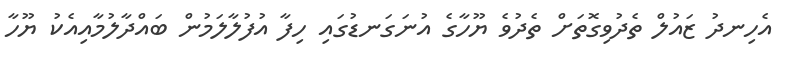
އެހިނދު ޒައުލް ތެދުވިގޮތަށް ތެދުވެ ޔޫހާގެ އުނަގަނޑުގައި ހިފާ އުފުލާލަމުން ބައްދާލުމާއިއެކު ޔޫހާ